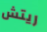
ريتش